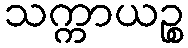
သက္ကာယဉ္စ